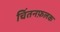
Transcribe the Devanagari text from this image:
चिंतनफ़लक